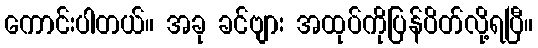
ကောင်းပါတယ်။ အခု ခင်ဗျား အထုပ်ကိုပြန်ပိတ်လို့ရပြီ။